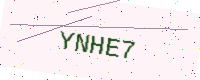
Text: YNHE7